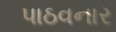
પાઠવનાર